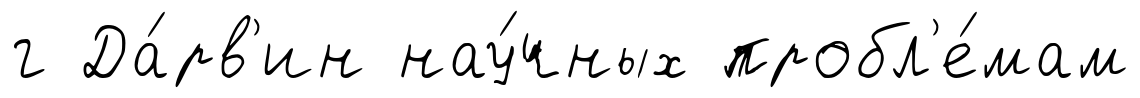
г Да́рв'ин нау́чных пробл'е́мам